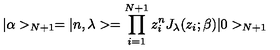
| \alpha > _ { N + 1 } = | n , \lambda > = \prod _ { i = 1 } ^ { N + 1 } z _ { i } ^ { n } J _ { \lambda } ( z _ { i } ; \beta ) | 0 > _ { N + 1 }